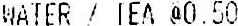
WATER / TEA @0.50